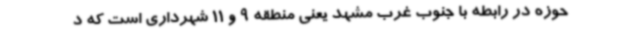
حوزه در رابطه با جنوب غرب مشهد یعنی منطقه 9 و 11 شهرداری است که د